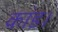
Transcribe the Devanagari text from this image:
कांड।